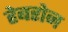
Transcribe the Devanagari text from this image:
हेबरोन